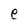
Character: e